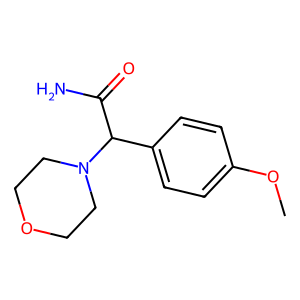
SMILES: COc1ccc(C(C(N)=O)N2CCOCC2)cc1
Inhibits HIV replication: No